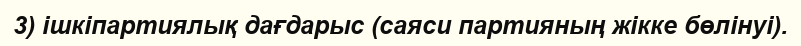
3) ішкіпартиялық дағдарыс (саяси партияның жікке бөлінуі).